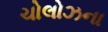
ચોલોઝના